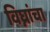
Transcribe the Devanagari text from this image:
विघ्नांचा